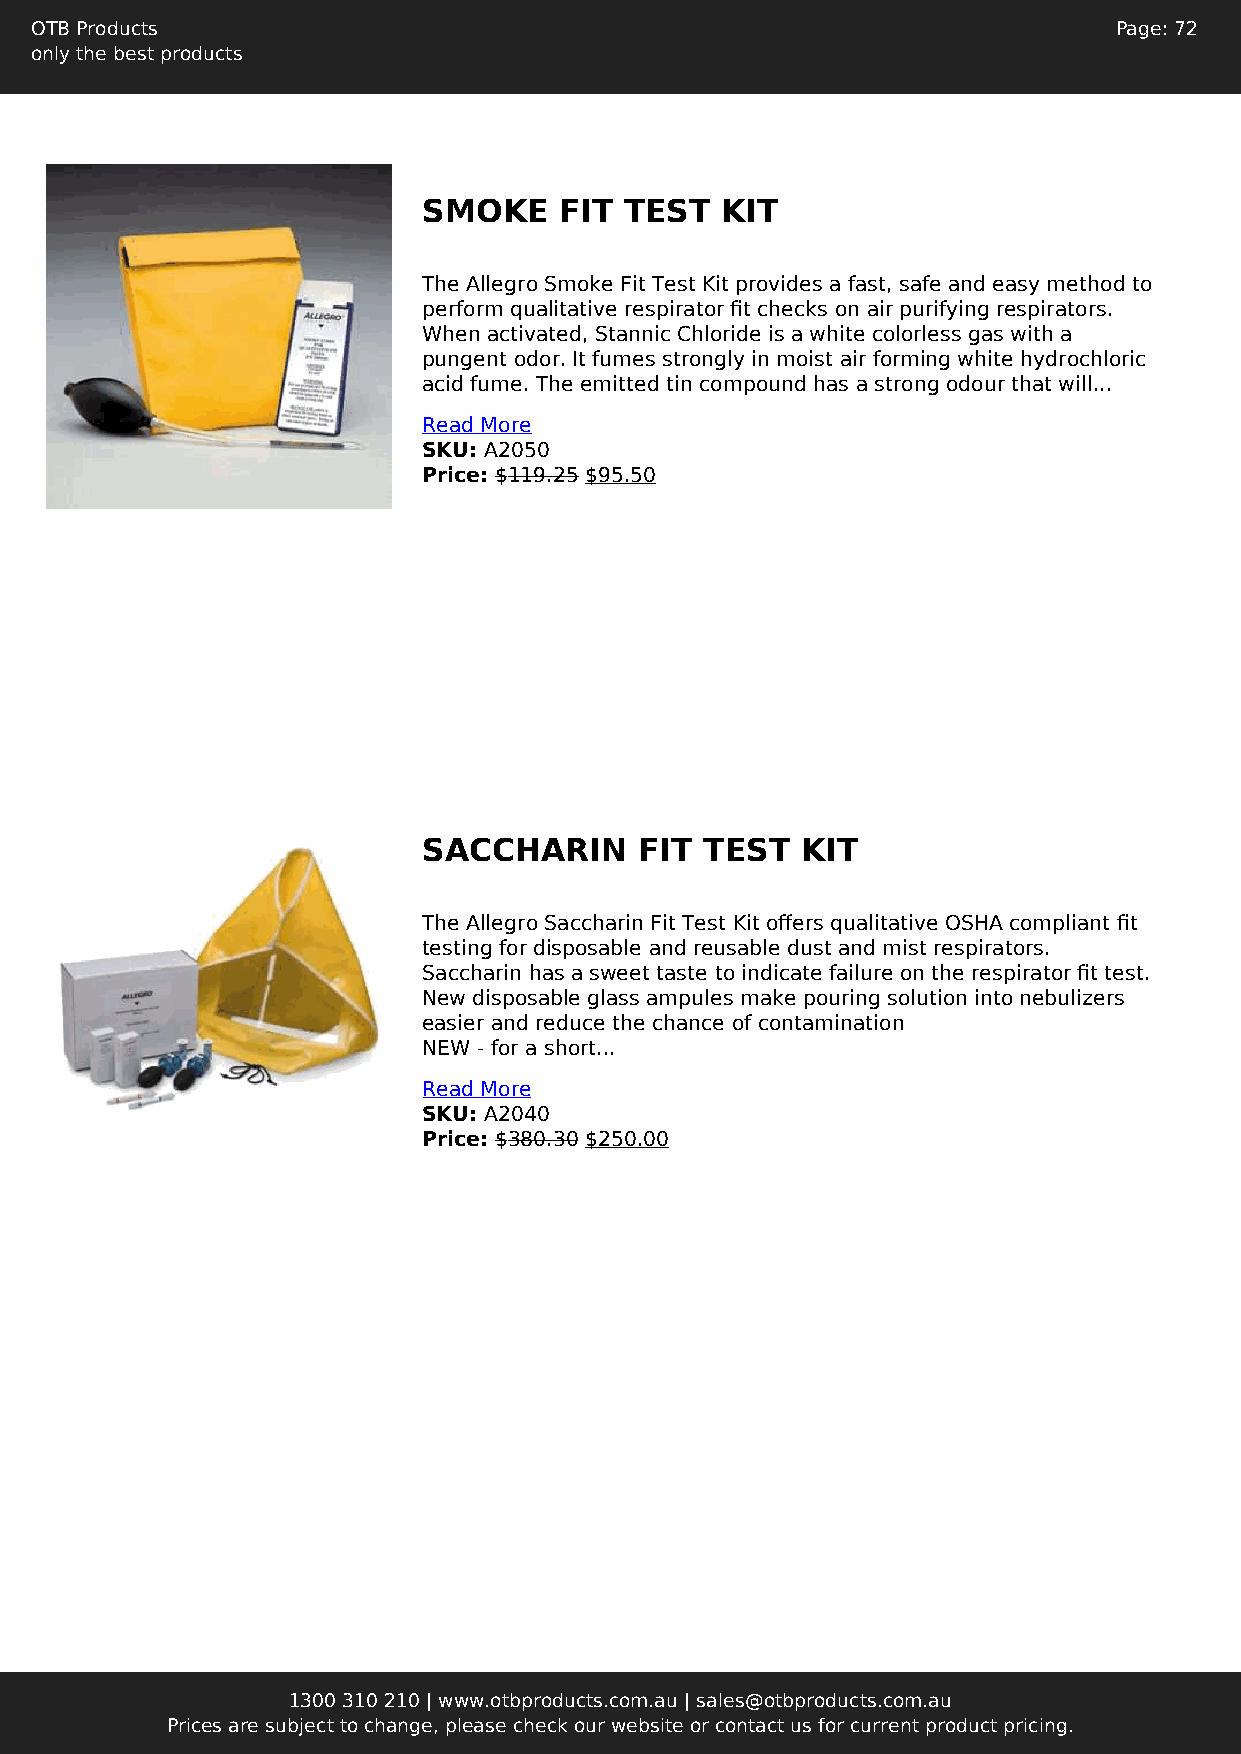
OTB Products                                                            Page: 72
 only the best products
 SMOKE    FIT TEST   KIT
 The Allegro Smoke Fit Test Kit provides a fast, safe and easy method to
 perform qualitative respirator fit checks on air purifying respirators.
 When activated, Stannic Chloride is a white colorless gas with a
 pungent odor. It fumes strongly in moist air forming white hydrochloric
 acid fume. The emitted tin compound has a strong odour that will...
 Read More
 SKU: A2050
 Price: $119.25 $95.50
 SACCHARIN     FIT  TEST  KIT
 The Allegro Saccharin Fit Test Kit offers qualitative OSHA compliant fit
 testing for disposable and reusable dust and mist respirators.
 Saccharin has a sweet taste to indicate failure on the respirator fit test.
 New disposable glass ampules make pouring solution into nebulizers
 easier and reduce the chance of contamination
 NEW - for a short...
 Read More
 SKU: A2040
 Price: $380.30 $250.00
 1300 310 210 | www.otbproducts.com.au | sales@otbproducts.com.au
 Prices are subject to change, please check our website or contact us for current product pricing.